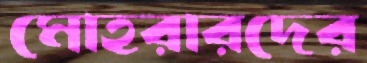
মোহরারদের